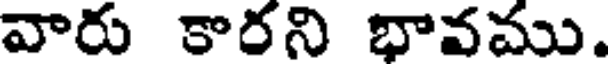
వారు కారని భావము.